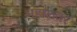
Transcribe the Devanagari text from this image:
महालवर